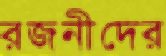
রজনীদের